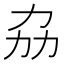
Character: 劦